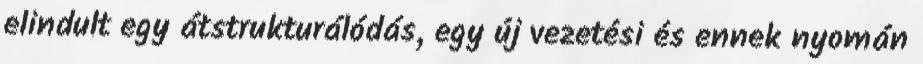
elindult egy átstrukturálódás, egy új vezetési és ennek nyomán